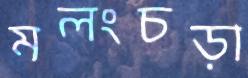
মলংচড়া